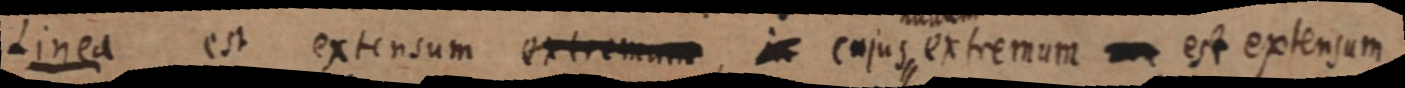
Linea est extensum extremum, in cujus extremum _ est extensum